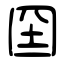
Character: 囶